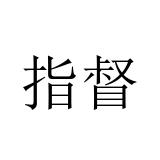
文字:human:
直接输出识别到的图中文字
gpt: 指督